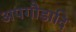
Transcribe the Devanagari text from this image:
अपगौडादि